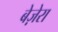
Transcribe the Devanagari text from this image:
बेज़ेरा